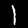
Label: 1